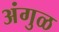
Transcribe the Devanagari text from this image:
अंगुळ